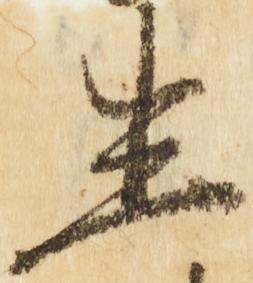
生